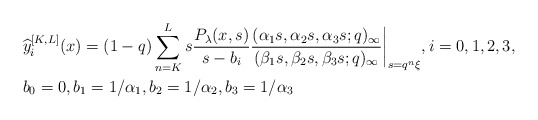
\begin{align*}& \widehat{y}_{i}^{[K,L]}(x) = (1-q) \sum_{n=K}^{L} s \frac{P_{\lambda}(x, s)}{s-b_{i}} \frac{(\alpha_1 s, \alpha_2 s, \alpha_3 s;q)_{\infty}}{(\beta_1 s, \beta_2 s, \beta_3 s;q)_{\infty}} \bigg|_{s= q^n \xi}, i=0,1,2,3,\\& b_0=0, b_1 = 1/\alpha_1, b_2 = 1/\alpha_2, b_3 = 1/\alpha_3\end{align*}